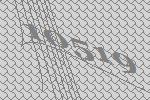
10519